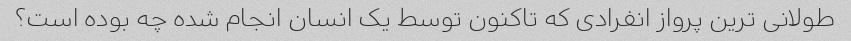
طولانی ترین پرواز انفرادی که تاکنون توسط یک انسان انجام شده چه بوده است؟